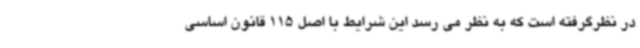
در نظرگرفته است که به نظر می رسد این شرایط با اصل 115 قانون اساسی